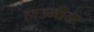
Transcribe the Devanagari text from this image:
हाउमीया